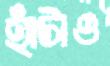
হাঁটাও